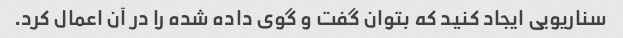
سناریویی ایجاد کنید که بتوان گفت و گوی داده شده را در آن اعمال کرد.